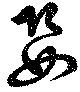
嬰